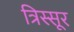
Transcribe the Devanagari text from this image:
त्रिस्सूर